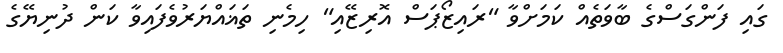
ގައި ފަންގަސްގެ ބާވަތެއް ކަމަށްވާ "ރައިޒޯޕަސް އޮރިޒޭއި" ހިމެނި ތަޣައްޔަރުވެފައިވާ ކަން ދުނިޔޭގެ